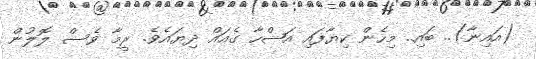
(އައިނާ).. ބައި.. މިހެން ކިޔާފައި އަޝްހާ ގެއައް ދިޔައެވެ. ރީމާ ވެސް ލޮލުން